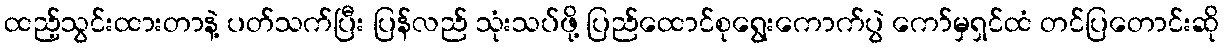
ထည့်သွင်းထားတာနဲ့ ပတ်သက်ပြီး ပြန်လည် သုံးသပ်ဖို့ ပြည်ထောင်စုရွေးကောက်ပွဲ ကော်မှရှင်ထံ တင်ပြတောင်းဆို